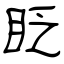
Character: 眨